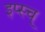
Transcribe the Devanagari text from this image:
इप्स्च्